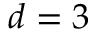
d = 3